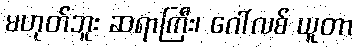
မဟုတ်ဘူး ဆရာကြီး၊ ဂေါ်လစ် ယူတာ